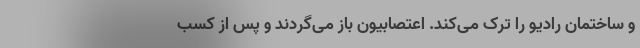
و ساختمان رادیو را ترک می‌کند. اعتصابیون باز می‌گردند و پس از کسب